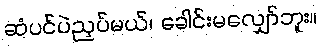
ဆံပင်ပဲညှပ်မယ်၊ ခေါင်းမလျှော်ဘူး။